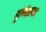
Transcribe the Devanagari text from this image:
दुर्लक्षाचा